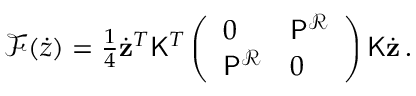
\begin{array} { r } { \mathcal { F } ( \dot { z } ) = \frac { 1 } { 4 } \dot { \mathbf { z } } ^ { T } \mathsf { K } ^ { T } \left( \begin{array} { l l } { 0 } & { \mathsf { P } ^ { \mathcal { R } } } \\ { \mathsf { P } ^ { \mathcal { R } } } & { 0 } \end{array} \right) \mathsf { K } \dot { \mathbf { z } } \, . } \end{array}